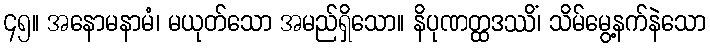
၄၅။ အနောမနာမံ၊ မယုတ်သော အမည်ရှိသော။ နိပုဏတ္ထဒဿိံ၊ သိမ်မွေ့နက်နဲသော